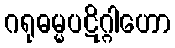
ဂရုဓမ္မပဋိဂ္ဂါဟော